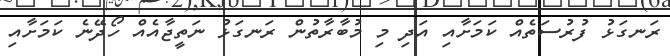
ރަނގަޅު ފުރުސަތެއް ކަމަށާއި އަދި މި މުބާރާތުން ރަނގަޅު ނަތީޖާއެއް ހޯދޭނެ ކަމަށާއި